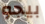
بيجو